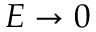
E \rightarrow 0